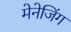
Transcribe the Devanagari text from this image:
मेनेजिंग